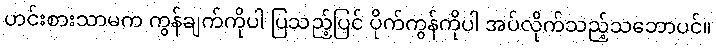
ဟင်းစားသာမက ကွန်ချက်ကိုပါ ပြသည့်ပြင် ပိုက်ကွန်ကိုပါ အပ်လိုက်သည့်သဘောပင်။